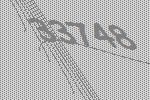
33748